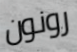
رونون